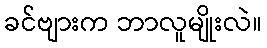
ခင်ဗျားက ဘာလူမျိုးလဲ။